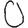
Digit: 0